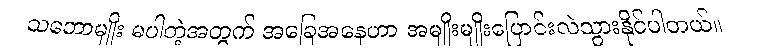
သဘောမျိုး မပါတဲ့အတွက် အခြေအနေဟာ အမျိုးမျိုးပြောင်းလဲသွားနိုင်ပါတယ်။